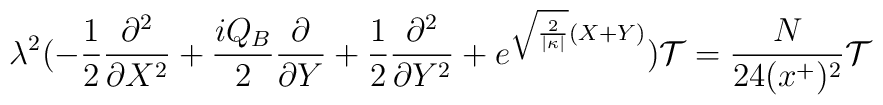
\lambda ^{2}(-\frac{1}{2} \frac{\partial ^{2}}{\partial X^{2}} + \frac{iQ_{B}}{2}\frac{\partial}{\partial Y} + \frac{1}{2} \frac{\partial ^{2}}{\partial Y^{2}}+e^{\sqrt{\frac{2}{|\kappa |}}(X+Y)}){\cal T}=\frac{N}{24(x^{+})^{2}} {\cal T}